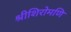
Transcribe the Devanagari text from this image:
श्रीशिरोमणि